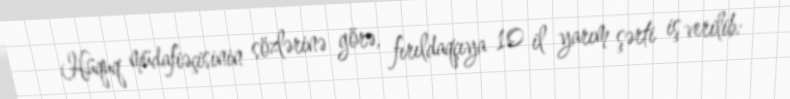
Hüquq müdafiəçisinin sözlərinə görə, fırıldaqçıya 10 il yarım şərti iş verilib: